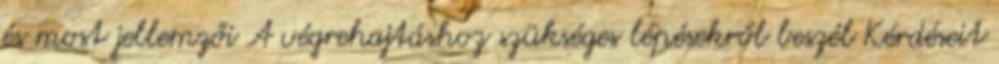
és most jellemzői A végrehajtáshoz szükséges lépésekről beszél Kérdéseit